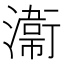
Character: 𭲸